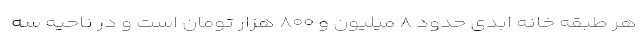
هر طبقه خانه ابدی حدود ۸ میلیون و ۸۰۰ هزار تومان است و در ناحیه سه